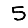
Digit: 5